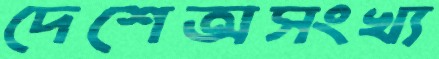
দেশেঅসংখ্য